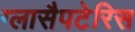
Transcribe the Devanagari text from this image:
ग्लासैपटेरिस